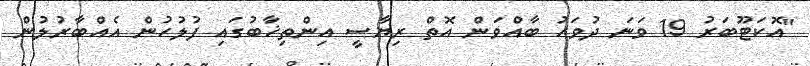
"އޮކަޓޫބަރު 19 ވަނަ ދުވަހު ބާއްވަން އޮތް ރިޔާސީ އިންތިޚާބުގައި ފުލުހުން އެއްބާރުލުން